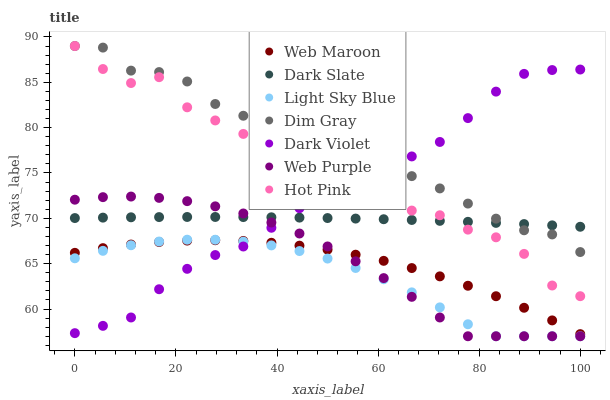
| xaxis_label | Web Maroon | Dark Slate | Light Sky Blue | Dim Gray | Dark Violet | Web Purple | Hot Pink |
 | --- | --- | --- | --- | --- | --- | --- | --- |
 | 0 | 66.2 | 70 | 65.6 | 89 | 57.3 | 72.1 | 89 |
 | 5.56 | 66.7 | 70.1 | 66.4 | 88.8 | 58.1 | 72.3 | 86.5 |
 | 11.1 | 67.1 | 70.1 | 67 | 86.3 | 59.1 | 72.4 | 84.9 |
 | 16.7 | 67.4 | 70.1 | 67.4 | 86.1 | 62.2 | 72.3 | 85.6 |
 | 22.2 | 67.5 | 70.2 | 67.6 | 85.1 | 64.4 | 71.9 | 82.2 |
 | 27.8 | 67.6 | 70.2 | 67.6 | 82.6 | 66 | 71.3 | 80.8 |
 | 33.3 | 67.5 | 70.1 | 67.4 | 81.3 | 66.9 | 70.5 | 79.3 |
 | 38.9 | 67.3 | 70.1 | 67 | 81.2 | 69 | 69.5 | 78.9 |
 | 44.4 | 67 | 70.1 | 66.4 | 78.3 | 71.1 | 68.3 | 77.9 |
 | 50 | 66.5 | 70 | 65.6 | 79.7 | 72 | 66.9 | 76.9 |
 | 55.6 | 66 | 70 | 64.5 | 78.5 | 73.9 | 65.3 | 74.9 |
 | 61.1 | 65.3 | 69.9 | 63.3 | 75.3 | 75.8 | 63.4 | 71.8 |
 | 66.7 | 64.5 | 69.8 | 61.8 | 74.7 | 76.8 | 61.3 | 70.9 |
 | 72.2 | 63.6 | 69.7 | 60.2 | 73.3 | 78.4 | 59.1 | 70.3 |
 | 77.8 | 62.6 | 69.6 | 58.3 | 71.6 | 81.1 | 57 | 68.8 |
 | 83.3 | 61.4 | 69.5 | 57 | 70 | 84 | 57 | 67.9 |
 | 88.9 | 60.1 | 69.4 | 57 | 68.7 | 85.9 | 57 | 66.1 |
 | 94.4 | 58.7 | 69.2 | 57 | 68.2 | 86.4 | 57 | 62.6 |
 | 100 | 57.2 | 69.1 | 57 | 66.3 | 86.4 | 57 | 61.4 |